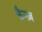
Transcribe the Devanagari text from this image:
फैन्ज़